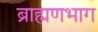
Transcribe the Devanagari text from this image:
ब्राह्मणभाग